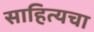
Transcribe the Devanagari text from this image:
साहित्यचा